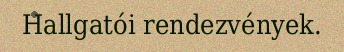
Hallgatói rendezvények.